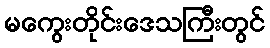
မကွေးတိုင်းဒေသကြီးတွင်